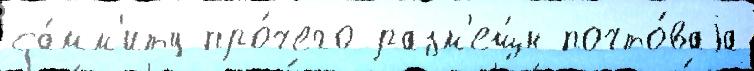
са́мм'иту про́чего разм'ещ́н почто́ваjа